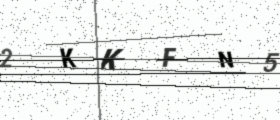
Text: 2KKFN5